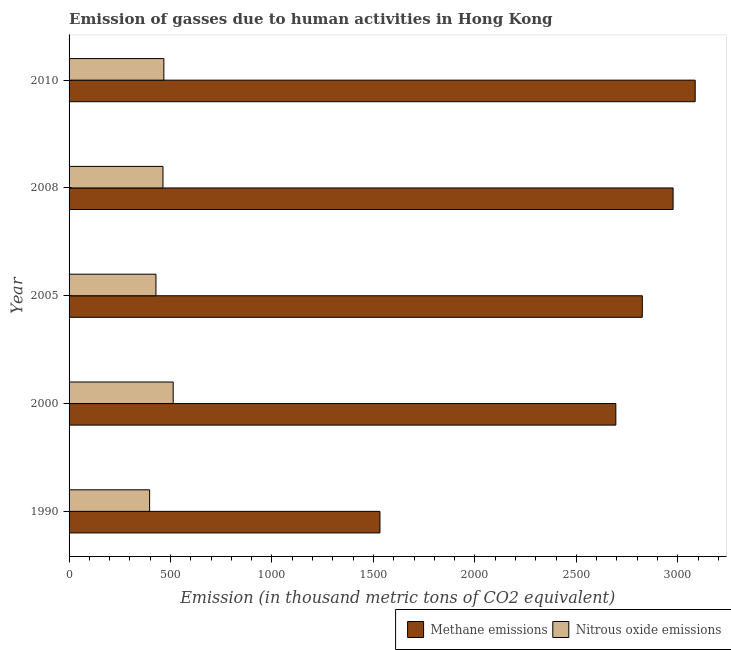
| Year | Methane emissions | Nitrous oxide emissions |
 | --- | --- | --- |
 | 1990 | 1.53e+03 | 397 |
 | 2000 | 2.69e+03 | 513 |
 | 2005 | 2.82e+03 | 428 |
 | 2008 | 2.98e+03 | 463 |
 | 2010 | 3.09e+03 | 467 |